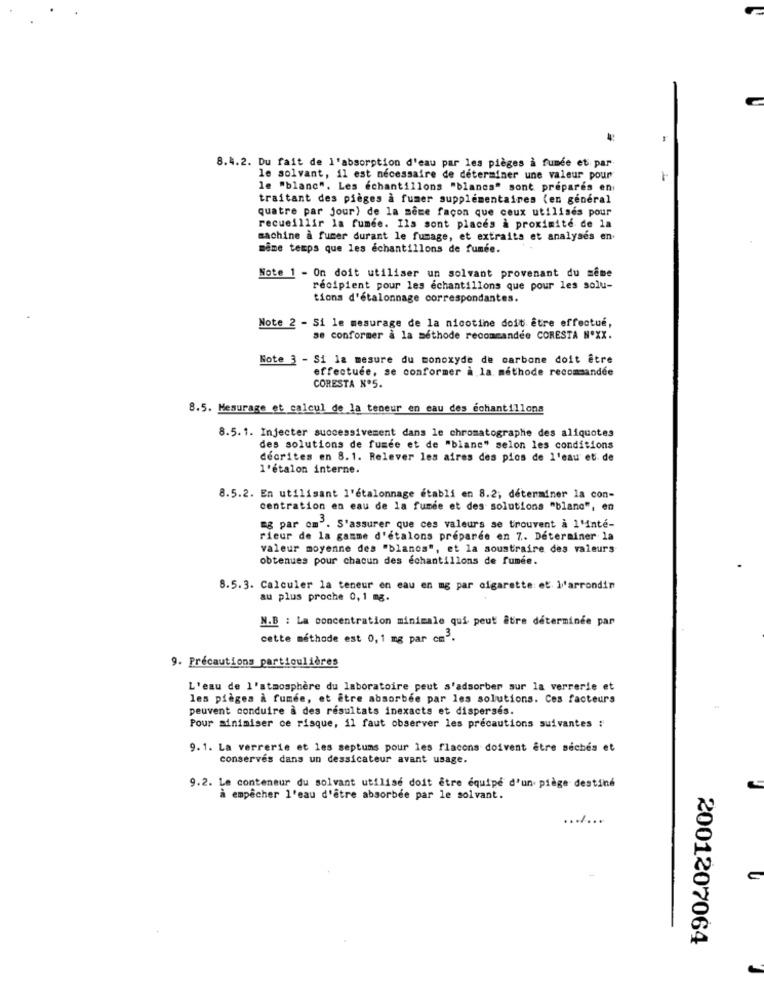
8.4.2. Du fait de l'absorption d'eau par les pièges à fumée et par
le solvant, il est nécessaire de déterminer une valeur pour
le "blanc". Les échantillons "blancs" sont prepares en
traitant des pièges à fumer supplémentaires (en general
quatre par jour) de la même façon que ceux utilisés pour
recueillir la fumée. Ils sont places à proximité de la
machine à fumer durant le fumage, et extraits et analyses en.
même temps que les échantillons de fumée.
Note 1 - On doit utiliser un solvant provenant du même
recipient pour les échantillons que pour les solu-
tions d'étalonnage correspondantes.
Note 2 - Si le mesurage de la nicotine doit être effectué,
se conformer à la méthode recommandée CORESTA NºXX.
Note 3 - Si la mesure du monoxyde de carbone doit être
effectuee, se conformer à la méthode recommandée
CORESTA Nº5.
8.5. Mesurage et calcul de la teneur en eau des échantillons
8.5.1. Injecter successivement dans le chromatographe des aliquotes
des solutions de fumée et de "blanc" selon les conditions
décrites en 8.1. Relever les aires des pios de l'eau et de
l'étalon interne.
8.5.2. En utilisant l'étalonnage établi en 8.2; déterminer la con-
centration en eau de la fumée et des solutions "blanc", en
mg par om". S'assurer que ces valeurs se trouvent à l'inté-
rieur de la gamme d'étalons préparée en 7. Déterminer la
valeur moyenne des "blancs", et la soustraire des valeurs
obtenues pour chacun des échantillons de fumée.
8.5.3. Calculer la teneur en eau en mg par cigarette et l'arrondir
au plus proche 0,1 mg.
N.B : La concentration minimale qui peut être déterminée par
cette méthode est 0,1 mg par cm".
9. Précautions particulières
L'eau de l'atmosphère du laboratoire peut s'adsorber sur la verrerie et
les pièges a fumée, et être absorbee par les solutions. Ces facteurs
peuvent conduire a des resultats inexacts et disperses.
Pour minimiser ce risque, il faut observer les précautions suivantes :
9.1. La verrerie et les septums pour les flacons doivent être séchés et
conserves dans un dessicateur avant usage.
9.2. Le conteneur du solvant utilisé doit être équipé d'un piège destiné
à empêcher l'eau d'être absorbée par le solvant.
.......
2001207064